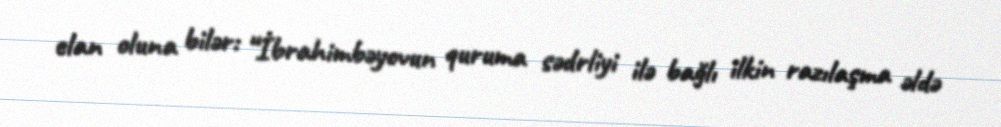
elan oluna bilər: “İbrahimbəyovun quruma sədrliyi ilə bağlı ilkin razılaşma əldə